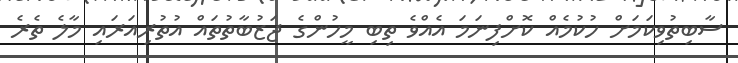
ސާބިތުވިކަމަށް ހުކުމެއް ކޮށްފިނަމަ އެއްވެ ތިބި މީހުންގެ ޖަޒުބާތުތައް އުތުރިއަރައި މާލެ ތެރެ